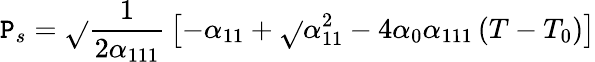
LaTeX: \mathtt{P}_{s}={\sqrt{}{{{\frac{{1}}{{2\alpha_{111}}}}\left[-\alpha_{11}+{\sqrt{}{{\alpha_{11}^{2}-4\alpha_{0}\alpha_{111}\left(T-T_{0}\right)}}}\right]}}}